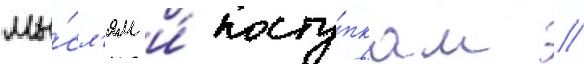
мы́сл'ям и́ посту́пкам //